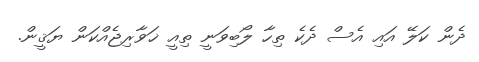
ދެން ކަލޭ އައި އެސް ދެކެ ތިހާ ލޯބިވަނީ ތިއީ ޚަވާރިޖެއްކަން ޔަޤީން.